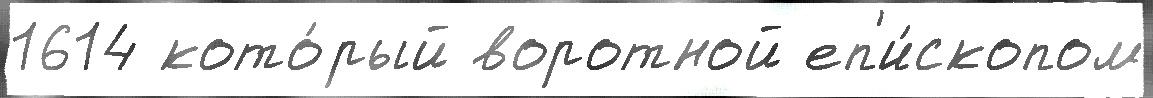
1614 кото́рый воротной еп'и́скопом